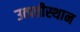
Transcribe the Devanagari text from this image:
उत्पत्तीस्थान